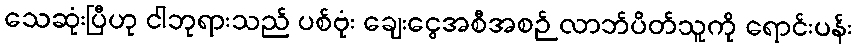
သေဆုံးပြီဟု ငါဘုရားသည် ပစ်ဗုံး ချေးငွေအစီအစဉ် လာဘ်ပိတ်သူကို ရောင်းပန်း